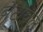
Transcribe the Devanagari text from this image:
बेटावळ